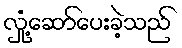
လှုံ့ဆော်ပေးခဲ့သည်